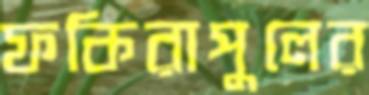
ফকিরাপুলের